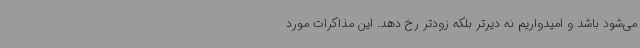
می‌شود باشد و امیدواریم نه دیرتر بلکه زودتر رخ دهد. این مذاکرات مورد